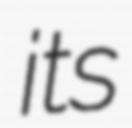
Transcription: its